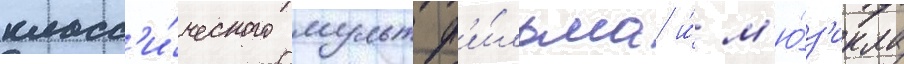
класс'и́ческого мультф'и́льма и́ м'ю́з'икла